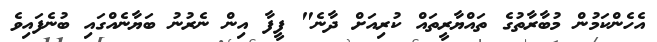
އެހެންކަމުން މުބާރާތުގެ ތައްޔާރީތައް ކުރިއަށް ދާނެ" ފީފާ އިން ނެރުނު ބަޔާނެއްގައި ބުނެފައިވެ